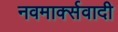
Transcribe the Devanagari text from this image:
नवमार्क्सवादी